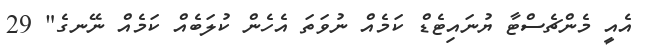
އެއީ މެންޗެސްޓާ ޔުނައިޓެޑް ކަމެއް ނުވަތަ އެހެން ކުލަބެއް ކަމެއް ނޭނގެ" 29